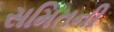
સમિતની